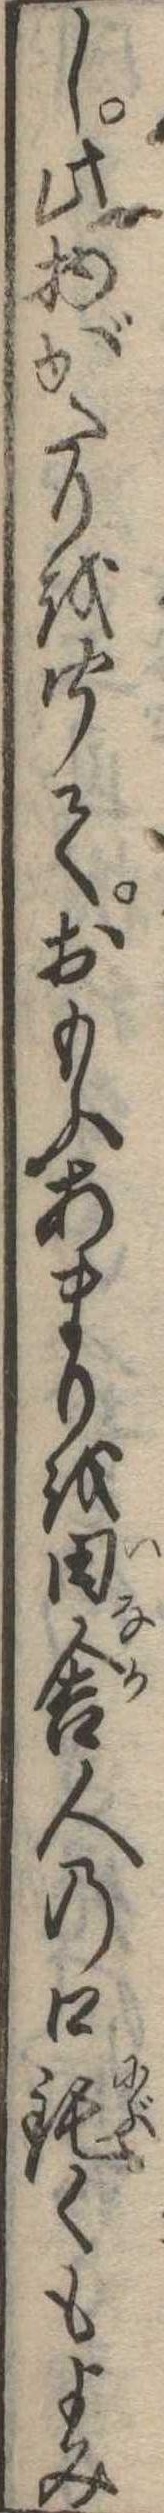
し此物がたりを聞ておもふあまりを田舎人の口鈍くもよみ